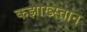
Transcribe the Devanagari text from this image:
कझाख्स्तान